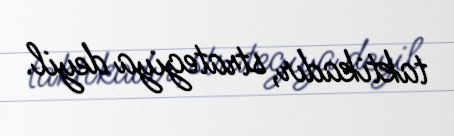
taktikadır, strategiya deyil.